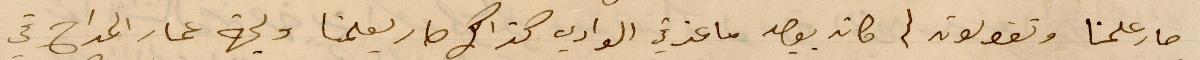
صار علمنا وتقولون لن كان يوجد ماعز في الوادي كذلك صار يعلمنا ولجهة عمار المداح في